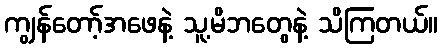
ကျွန်တော့်အဖေနဲ့ သူ့မိဘတွေနဲ့ သိကြတယ်။